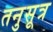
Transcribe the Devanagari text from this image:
तनुसूत्र